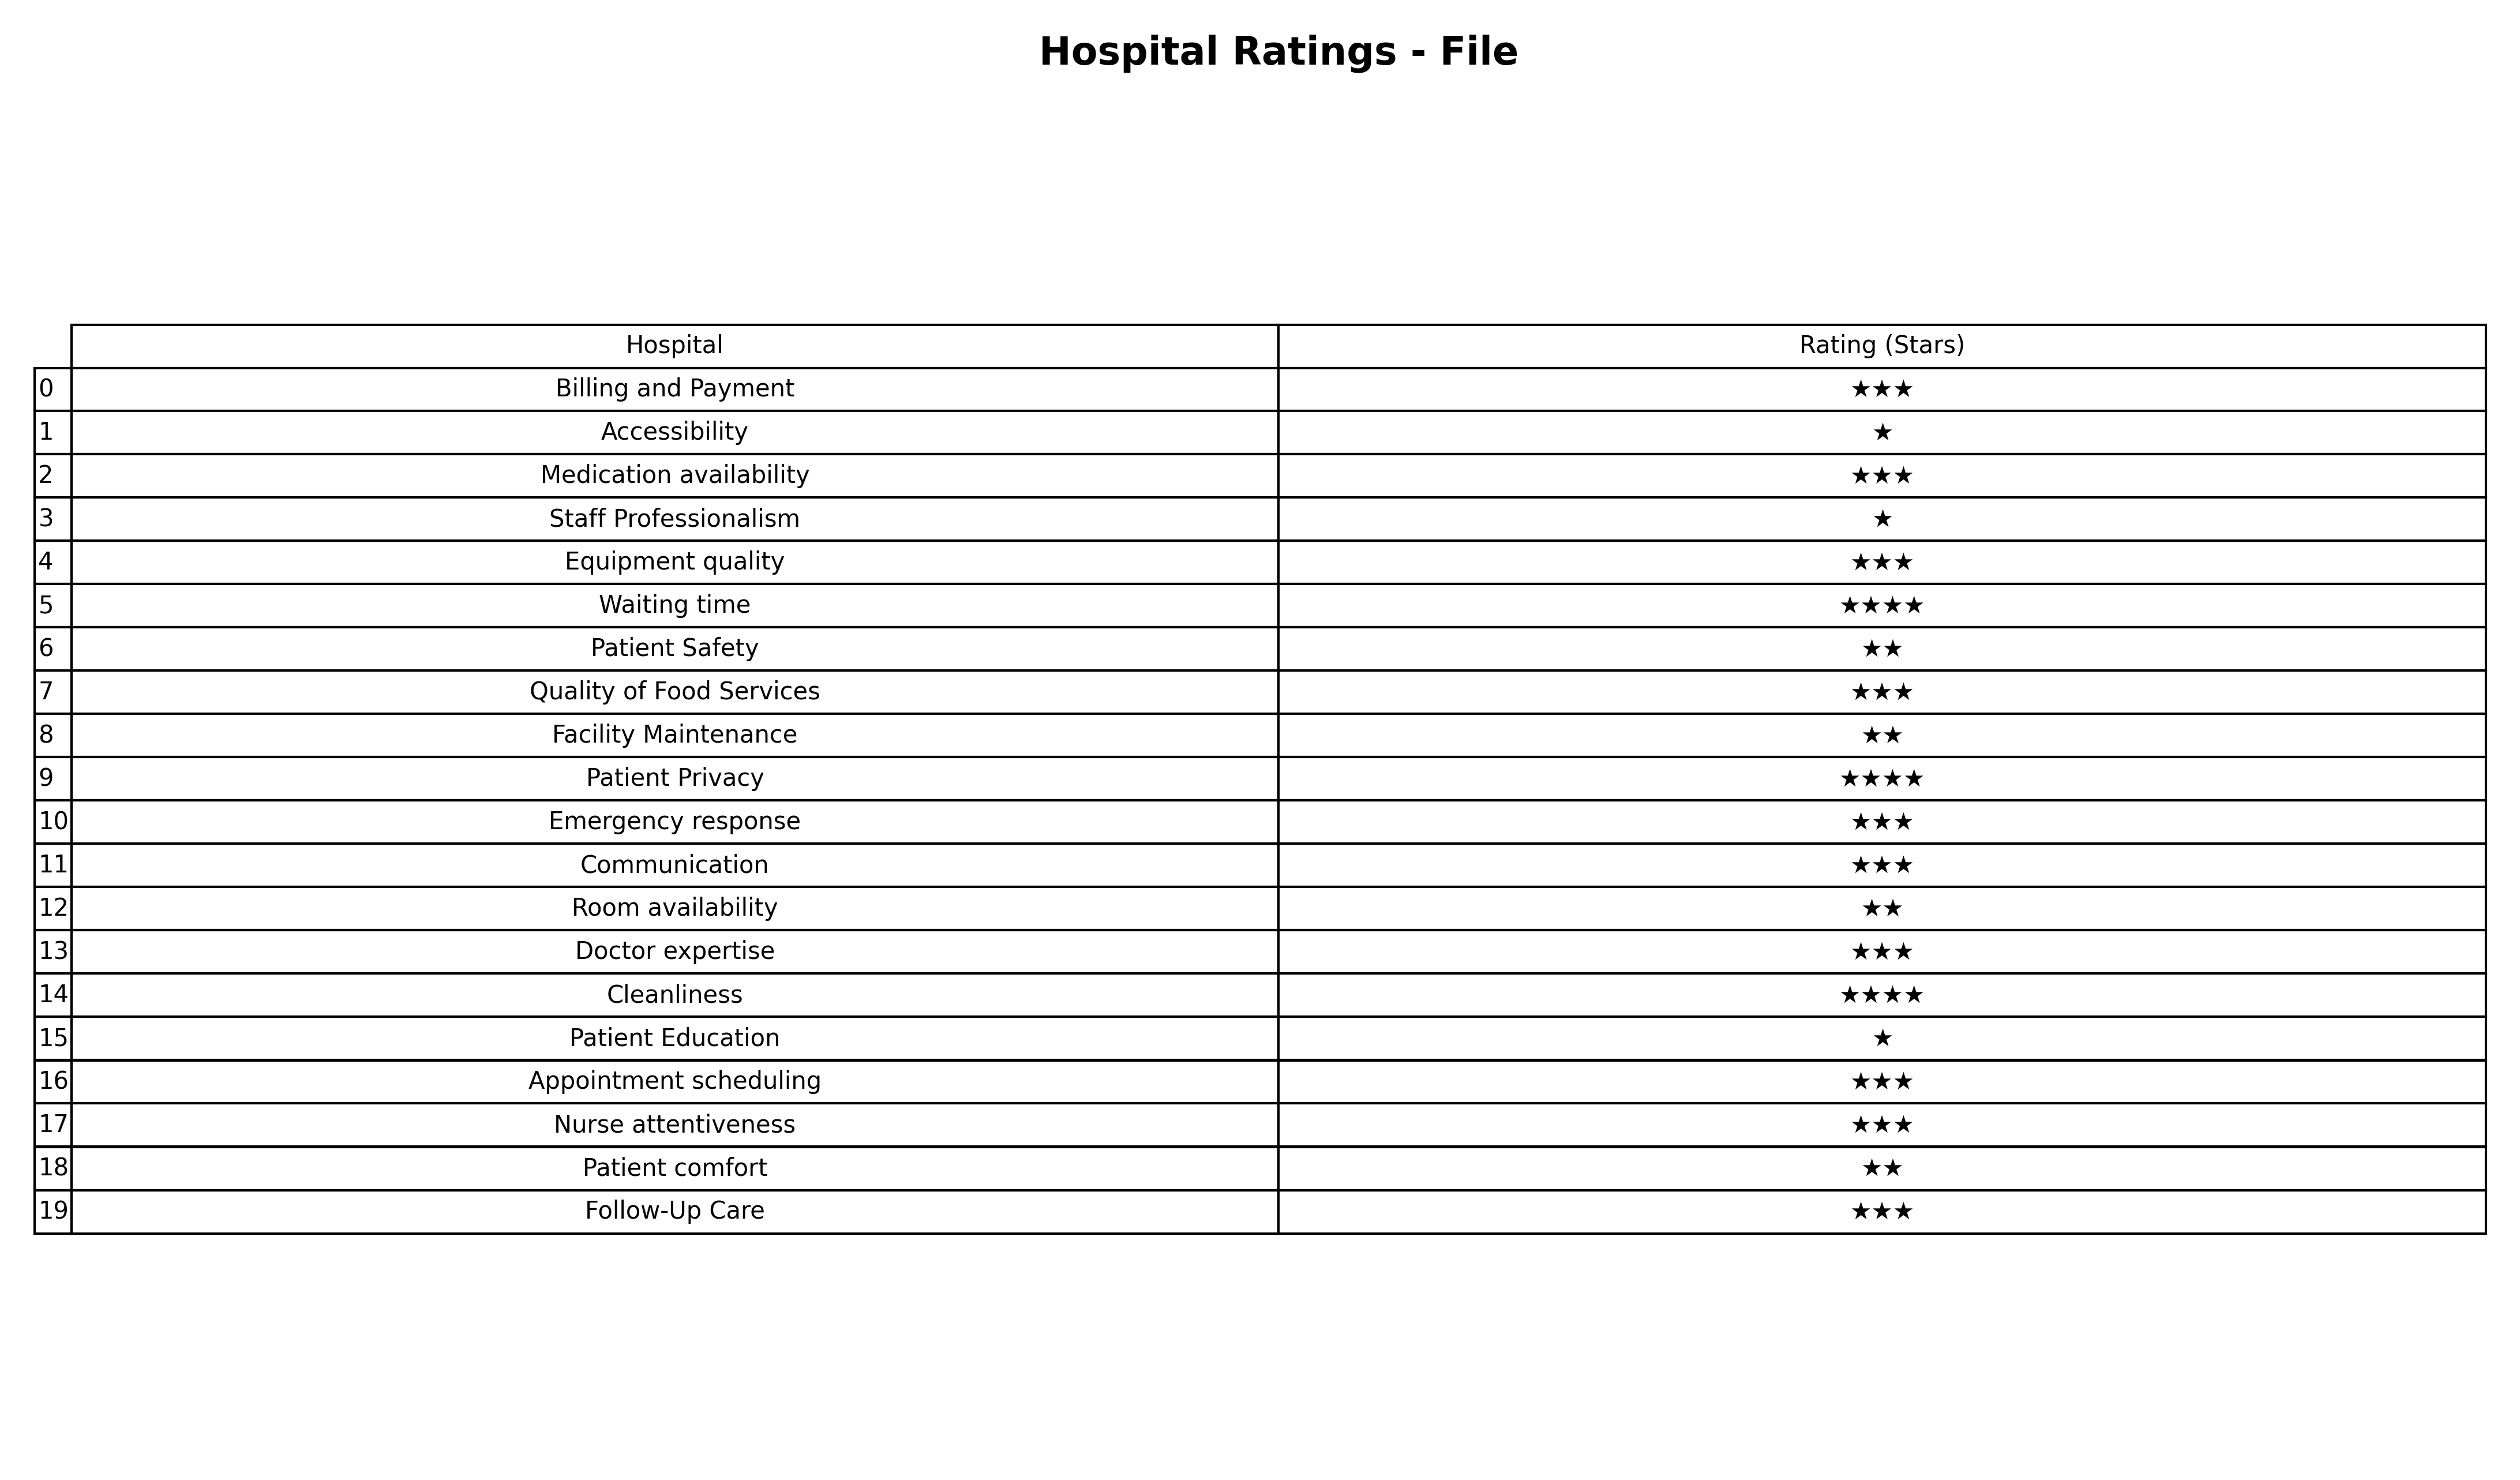
question: What is the rating of Accessibility?
answer: ★